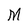
Character: M